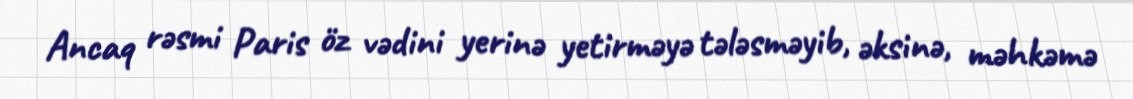
Ancaq rəsmi Paris öz vədini yerinə yetirməyə tələsməyib, əksinə, məhkəmə